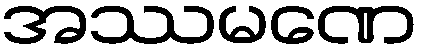
အဿမဏေ